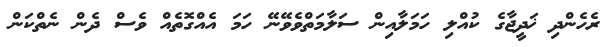
ރެހެންދި ޚަދީޖާގެ ކުއްލި ހަމަލާއިން ސަލާމަތްވެވޭނޭ ހަމަ އެއްގޮތެއް ވެސް ދެން ނެތްކަން